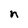
Character: n